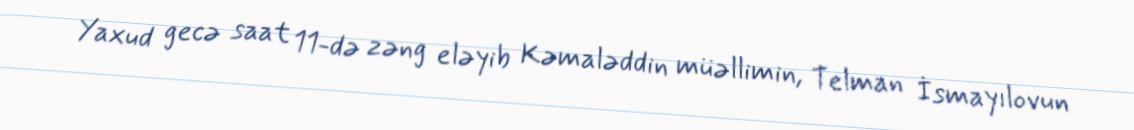
Yaxud gecə saat 11-də zəng eləyib Kəmaləddin müəllimin, Telman İsmayılovun